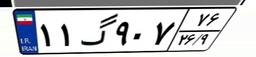
۱۱گ۹۰۷۷۶